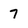
Character: 7